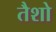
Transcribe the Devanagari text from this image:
तैशो